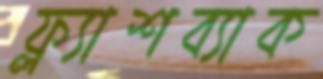
ফ্ল্যাশব্যাক